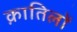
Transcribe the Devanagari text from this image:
क़ातिलों